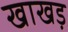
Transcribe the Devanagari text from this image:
खाखड़